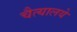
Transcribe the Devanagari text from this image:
चैत्यालये